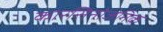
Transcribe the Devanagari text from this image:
कारसिनोजेनिक